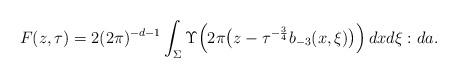
LaTeX: \begin{align*}F(z,\tau )= 2(2\pi )^{-d-1}\int_\Sigma \Upsilon\Bigl(2\pi \bigl(z-\tau ^{-{\frac{3}{4}}}b_{-3}(x,\xi )\bigr)\Bigr)\,dxd\xi :da.\end{align*}